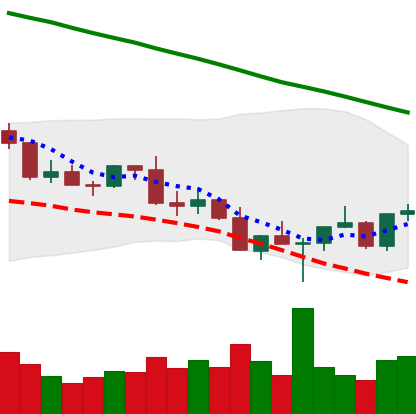
Ticker: XLM-USD
Chart end date: 2022-03-01
Forward return: -12.675%
Label: down_7plus